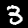
Digit: 3